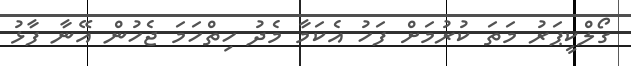
ގޯލްކީޕަރު މަތަ ކުރުމަށް ފަހު އެކަމާ މެދު ހިތްހަމަ ޖެހުން އޭނާ ފާޅު